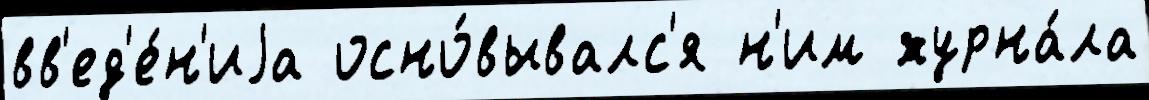
вв'ед'е́н'иjа осно́вывалс'я н'им журна́ла